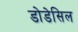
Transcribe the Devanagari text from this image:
डोडेसिल